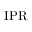
\mathrm { { I P R } }